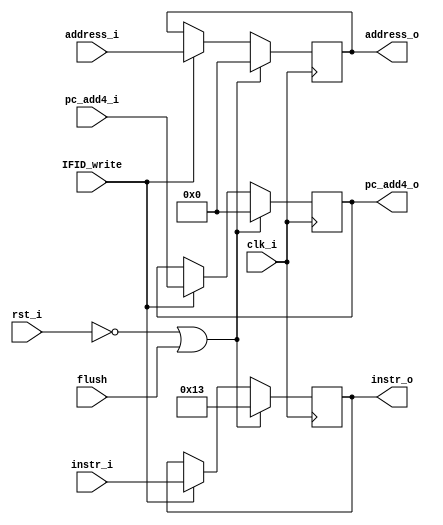
`timescale 1ns/1ps
module IFID_register (
    input clk_i,
    input rst_i,
    input flush,
    input IFID_write,
    input [31:0] address_i,
    input [31:0] instr_i,
    input [31:0] pc_add4_i,

    output reg [31:0] address_o,
    output reg [31:0] instr_o,
    output reg [31:0] pc_add4_o
);

always@(posedge clk_i)begin
    if(~rst_i || flush)begin
        address_o <= 0;
        instr_o <= 32'b00000000000000000000000000010011; // nop: addi x0,x0,0
        pc_add4_o <= 0;
    end
    else if(IFID_write) begin
        address_o <= address_i;
        instr_o <= instr_i;
        pc_add4_o <= pc_add4_i;
    end
end
endmodule